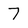
Character: 7